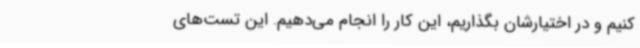
کنیم و در اختیارشان بگذاریم، این کار را انجام می‌دهیم. این تست‌های